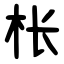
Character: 枨